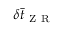
\delta \Bar { t } _ { \mathrm { ~ Z ~ R ~ } }